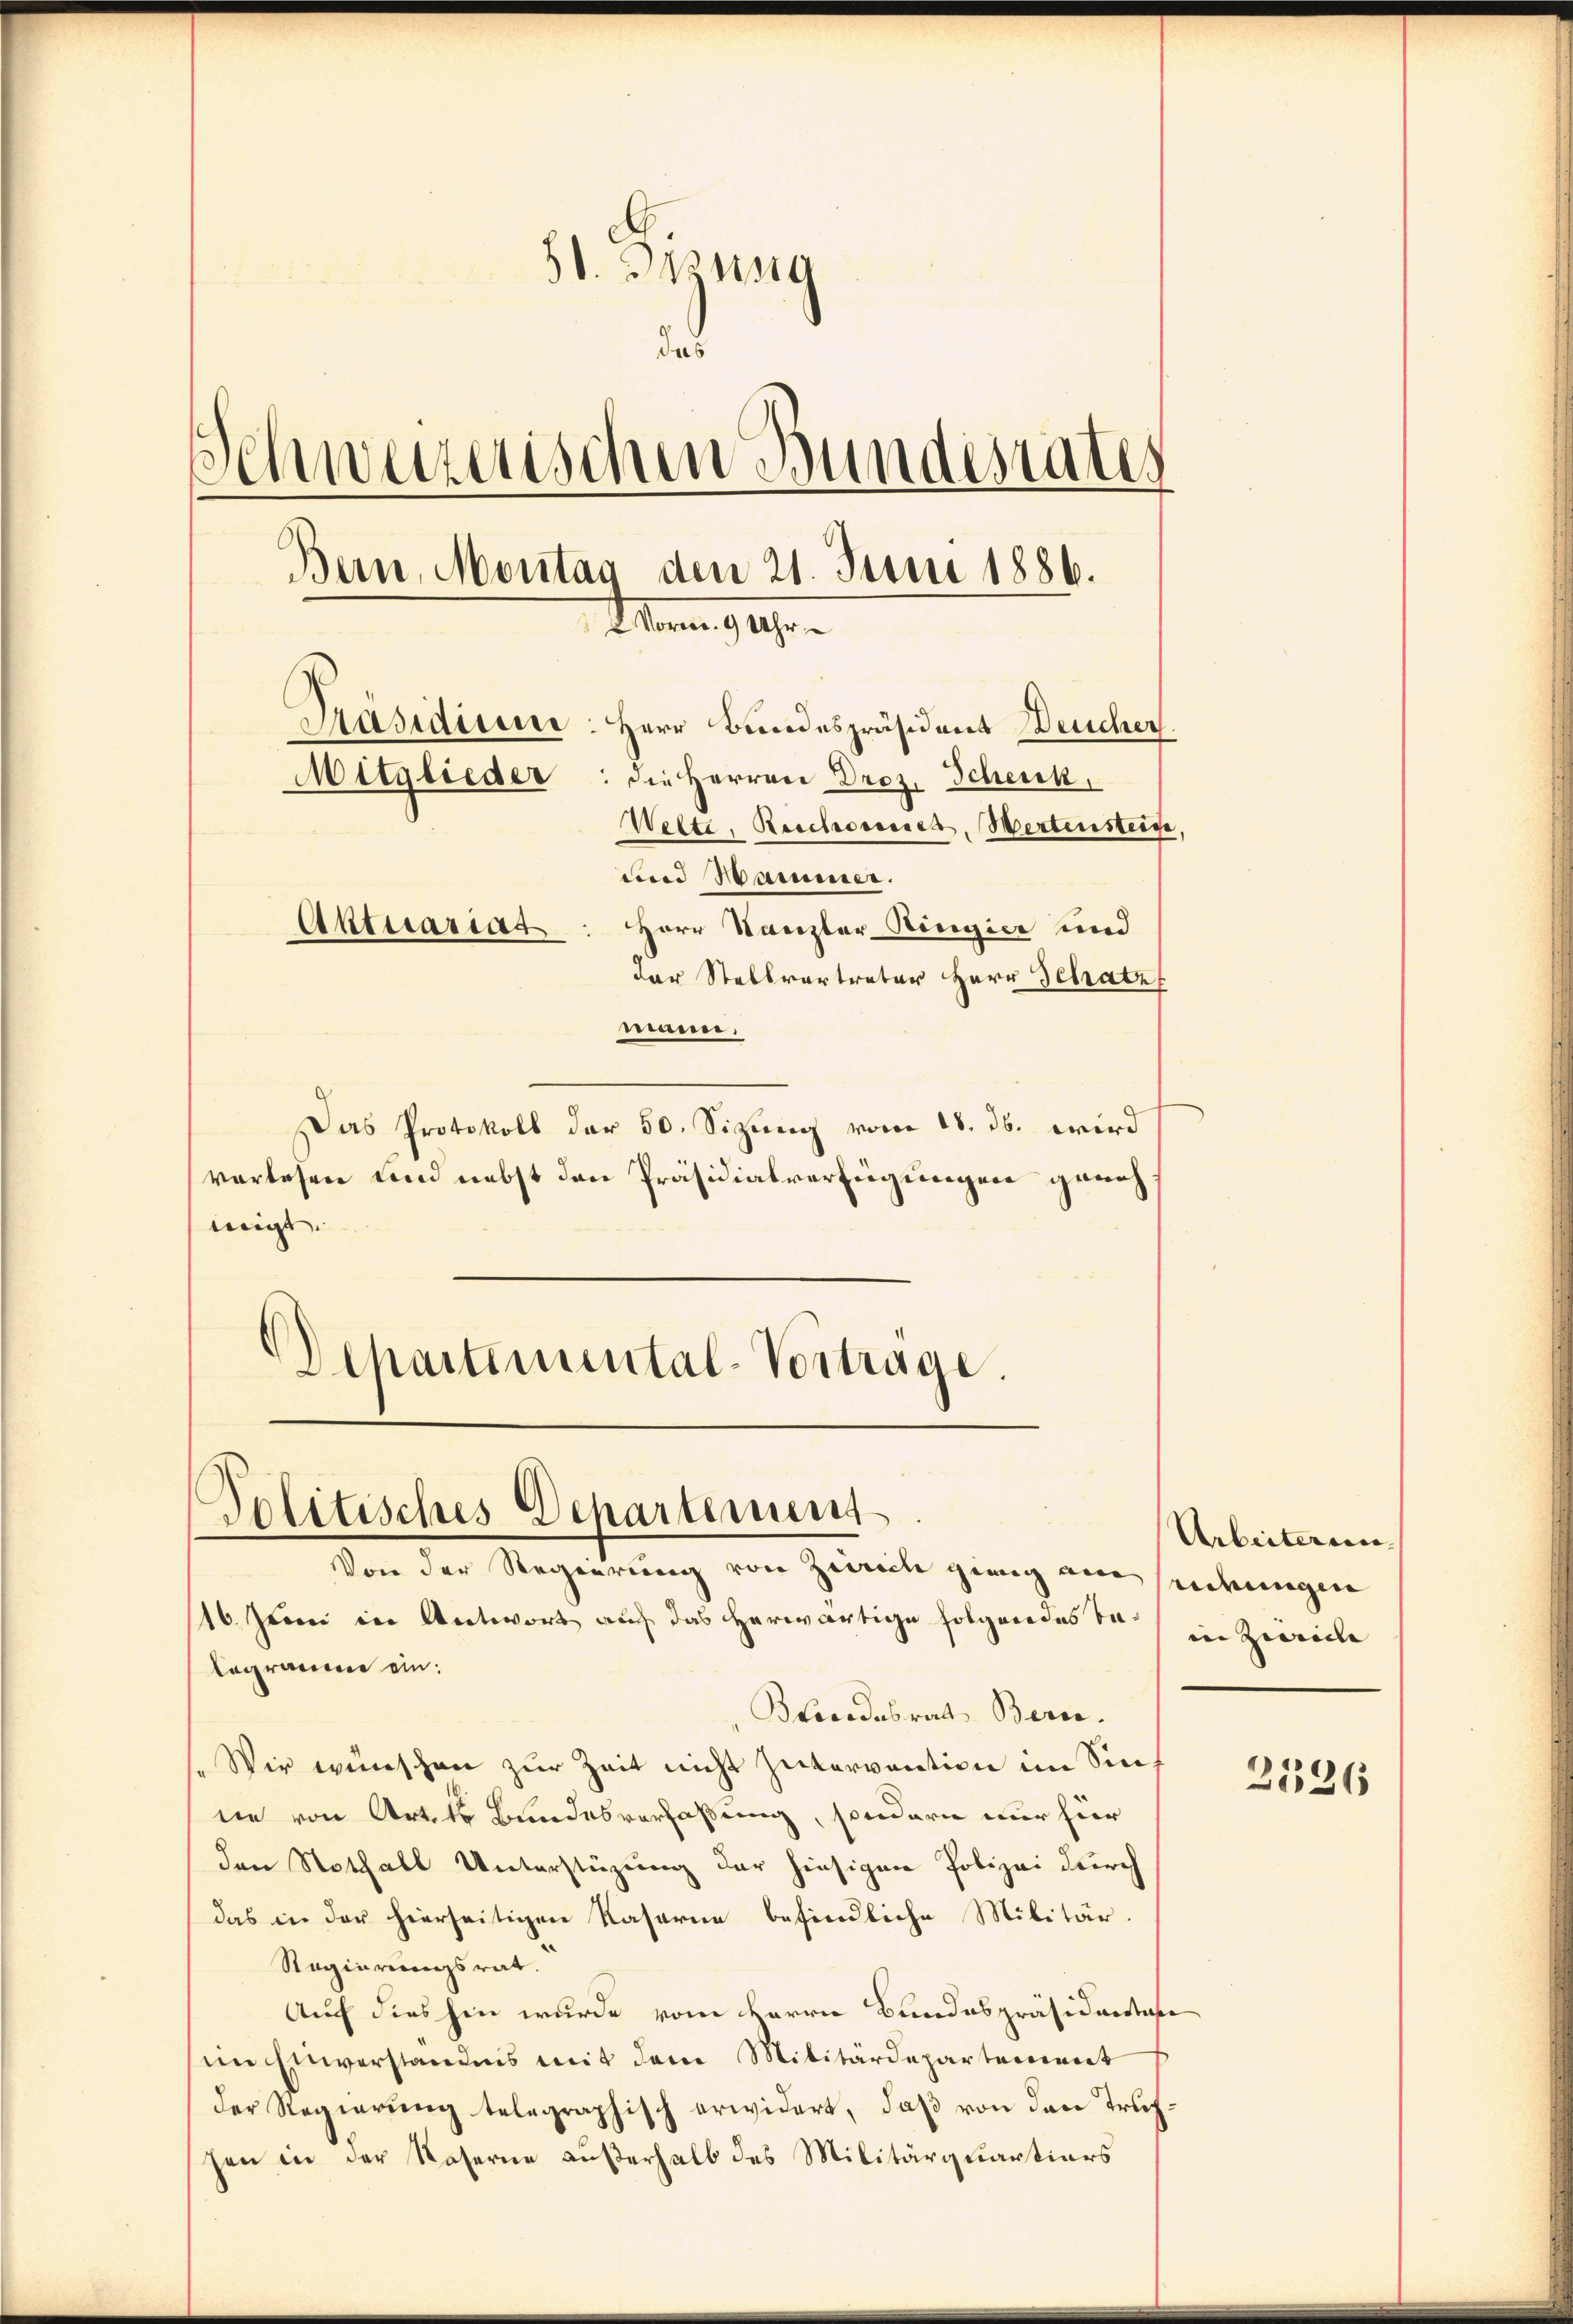
2
30. 31319
das
Schweizerischen Bundesrates
Bern, Montag
den 21. Juni 1886.
Mann. 94.
Präsidisesse: Herr Bundespräsident Deucher.
Mitglieder: die Herren Droz. Scheick,
Welte, Beschorenes, Wertensteige,
und Hammer.
Aktuariat: Herr Kanzler Ringier und
der Stellvertreter Herr Schatz

niarrer,
Das Protokoll der 50. Sizung vom 18. ds. wird
verlesen und nebst den Präsidialverfügungen genehmigt.
Schartemental-Vortrage.

Politisches Departenung

Von der Regierung von Zürich ging am sendungen
16. Juni in Antwort auf das herwärtige folgendes des in Ziereche
legramm ein:
Beocodabrat Beric
Wir wünschen zur Zeit nicht zukarvention im Sinne von Arth Bundesverfaßung, sondern nur hier
den Nothall Unterstüzung der hiesigen Polizei durch
das in der hierseitigen Kaserne befindliche Militär.
Regierungsrat.
Auch dies hin wurde vom Herrn Bundespräsidenten
im Einverständnis mit dem Militärdepartement
der Regierung telegraphisch erwidert, daß von den Truphen in der Naserne außerhalb des Militärquartiers

Arbeiteren

2526